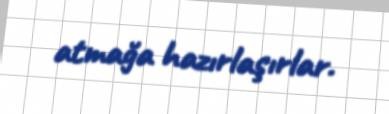
atmağa hazırlaşırlar.